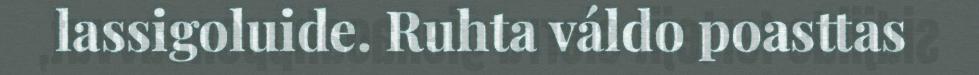
lassigoluide. Ruhta váldo poasttas